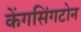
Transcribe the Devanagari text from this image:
केंगसिंगटोन